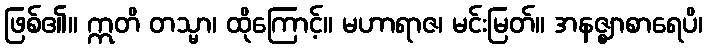
ဖြစ်၏။ ဣတိ တသ္မာ၊ ထိုကြောင့်။ မဟာရာဇ၊ မင်းမြတ်။ အနဇ္ဈာစာရေပိ၊